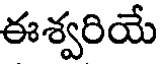
ఈశ్వరియే